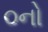
૦નો